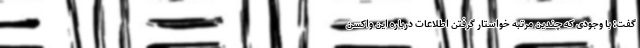
گفت: با وجودی که چندین مرتبه خواستار گرفتن اطلاعات درباره این واکسن